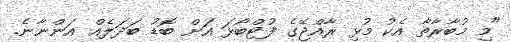
"މި މުބާރާތާ އެކު މުޅި ރާއްޖޭގެ ފުޓްބޯޅަ އަށް ބޮޑު ބަދަލެއް އަންނާނެ.